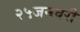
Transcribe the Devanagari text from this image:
२५जनवरी